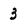
Character: 3